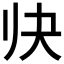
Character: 𱍬